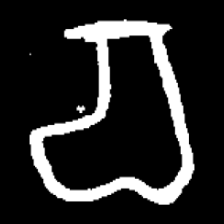
Pyu character \u2014 Myanmar letter: စ (romanized: ca)